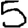
Digit: 5